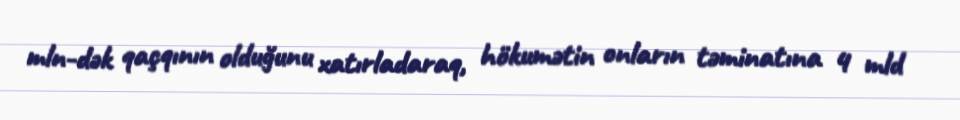
mln-dək qaçqının olduğunu xatırladaraq, hökumətin onların təminatına 4 mld